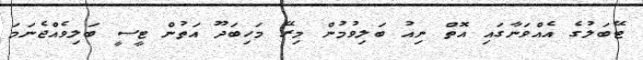
ޓޭބަލުގެ އެއްވަނާގައި އޮތް ނިއު ބަލިވުމުން މިރޭ މަހިބަދޫ އަތުން ޓީސީ ބަލިވެއްޖެނަމަ